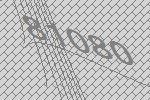
81080